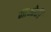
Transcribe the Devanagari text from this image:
नाओकी